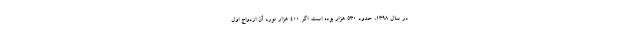
در سال ۱۳۹۸، حدود ۵۳۰ هزار بوده است. اگر ۴۰۰ هزار مورد آن ازدواج اول